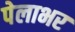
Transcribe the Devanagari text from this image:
पेलाभर